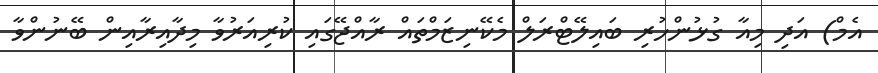
އެމް) އަދި މިއާ ގުޅުންހުރި ބައިލޭޓްރަލް މެކޭނިޒަމްތައް ރާއްޖޭގައި ކުރިއަރުވާ މިދާއިރާއިން ބޭނުންވާ